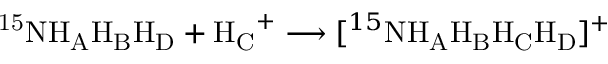
\mathrm { ^ { 1 5 } N H _ { A } H _ { B } H _ { D } } + \mathrm { H _ { C } } ^ { + } \longrightarrow [ ^ { 1 5 } \mathrm { N H _ { A } H _ { B } H _ { C } H _ { D } } ] ^ { + }